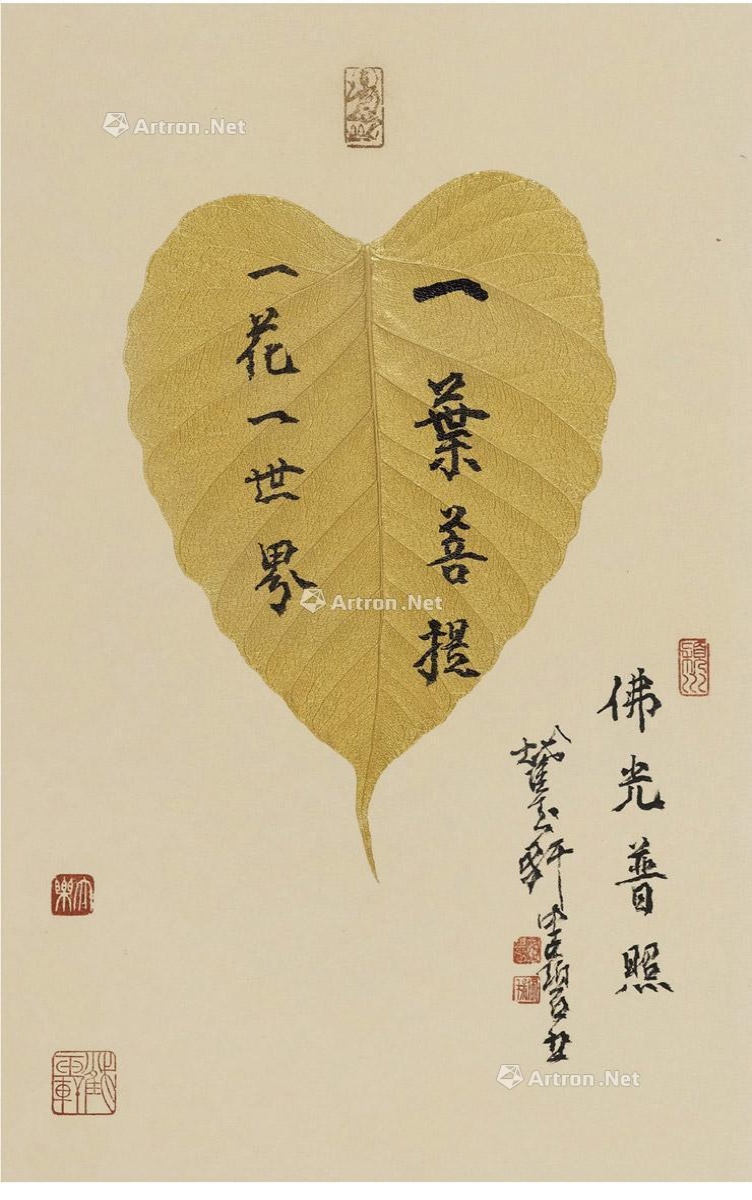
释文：一叶菩提，一花一世界。佛光普照。截玉轩健碧书。